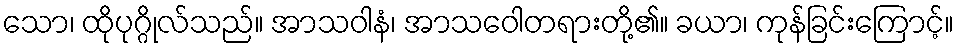
သော၊ ထိုပုဂ္ဂိုလ်သည်။ အာသဝါနံ၊ အာသဝေါတရားတို့၏။ ခယာ၊ ကုန်ခြင်းကြောင့်။